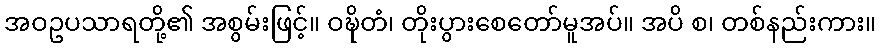
အဝဥပသာရတို့၏ အစွမ်းဖြင့်။ ဝဍ္ဎိတံ၊ တိုးပွားစေတော်မူအပ်။ အပိ စ၊ တစ်နည်းကား။